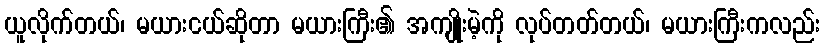
ယူလိုက်တယ်၊ မယားငယ်ဆိုတာ မယားကြီး၏ အကျိုးမဲ့ကို လုပ်တတ်တယ်၊ မယားကြီးကလည်း